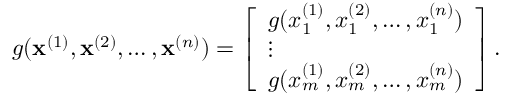
\begin{array} { r } { g ( \mathbf x ^ { ( 1 ) } , \mathbf x ^ { ( 2 ) } , \ldots , \mathbf x ^ { ( n ) } ) = \left[ \begin{array} { l } { g ( x _ { 1 } ^ { ( 1 ) } , x _ { 1 } ^ { ( 2 ) } , \ldots , x _ { 1 } ^ { ( n ) } ) } \\ { \vdots } \\ { g ( x _ { m } ^ { ( 1 ) } , x _ { m } ^ { ( 2 ) } , \ldots , x _ { m } ^ { ( n ) } ) } \end{array} \right] . } \end{array}